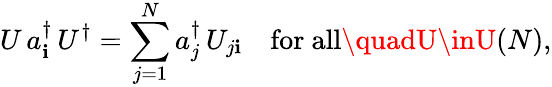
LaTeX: U\, a_{\mathbf{i}}^{\dagger}\, U^{\dagger}=\sum_{j=1}^{N}a_{j}^{\dagger}\, U_{j\mathbf{i}}\quad{\mathrm{{for~all}}}\quadU\inU(N),